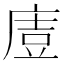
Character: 𭙤